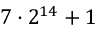
7 \cdot 2 ^ { 1 4 } + 1